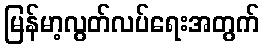
မြန်မာ့လွတ်လပ်ရေးအတွက်